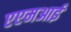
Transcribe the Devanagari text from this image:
एएमआई